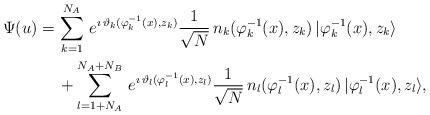
LaTeX: \begin{align*}\Psi(u)=\,&\sum^{N_A}_{k=1}\,e^{\imath\,\vartheta_{k}(\varphi^{-1}_{k}(x),z_k)} \frac{1}{\sqrt{N}}\,n_{k}(\varphi^{-1}_{k}(x),z_k)\,|\varphi^{-1}_{k}(x),z_k\rangle\\& +\sum^{N_A+N_B}_{l=1+N_A}\,e^{\imath\,\vartheta_{l}(\varphi^{-1}_{l}(x),z_l)} \frac{1}{\sqrt{N}}\,n_{l}(\varphi^{-1}_{l}(x),z_l)\,|\varphi^{-1}_{l}(x),z_l\rangle,\end{align*}